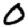
Digit: 0